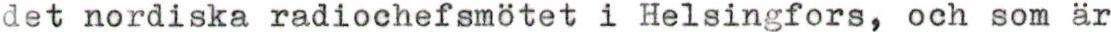
det nordiska radiochefsmötet i Helsingfors, och som är